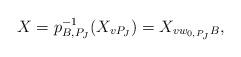
LaTeX: \begin{align*}X=p_{B,P_J}^{-1}(X_{vP_J}) = X_{vw_{0,P_J}B},\end{align*}